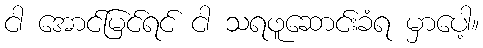
ငါ အောင်မြင်ရင် ငါ သရဖူဆောင်းခံရ မှာပေါ့။